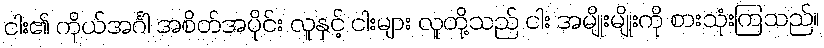
ငါး၏ ကိုယ်အင်္ဂါ အစိတ်အပိုင်း လူနှင့် ငါးများ လူတို့သည် ငါး အမျိုးမျိုးကို စားသုံးကြသည်။